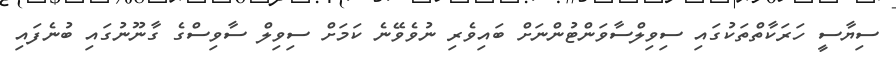
ސިޔާސީ ހަރަކާތްތަކުގައި ސިވިލްސާވަންޓުންނަށް ބައިވެރި ނުވެވޭނެ ކަމަށް ސިވިލް ސާވިސްގެ ގާނޫނުގައި ބުނެފައި